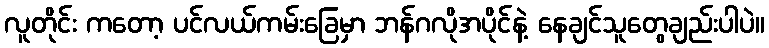
လူတိုင်း ကတော့ ပင်လယ်ကမ်းခြေမှာ ဘန်ဂလိုအပိုင်နဲ့ နေချင်သူတွေချည်းပါပဲ။